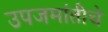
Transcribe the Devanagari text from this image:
उपजमांतीचे